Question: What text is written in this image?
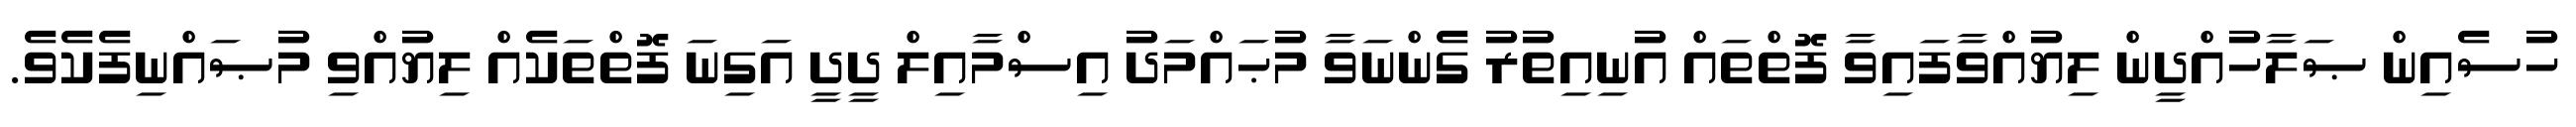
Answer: ހުސެއިން ޞަލާހުއްދީން ލިޔުއްވާފައިވާ ފޮތްތައް އުނިއިތުރު ގެންނަވާ މުޙައްމަދު އިސްމާއިލް ދީދީ އަގިނަ ފޮތްތަކެއް ލިޔުއްވި މުޞައްނިފެކެވެ.